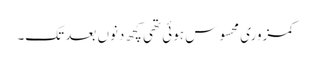
کمزوری محسوس ہوئی تھی کچھ دنوں بعد تک۔